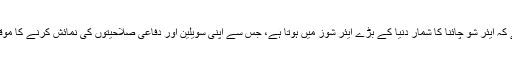
خیال رہے کہ ایئر شو چائنا کا شمار دنیا کے بڑے ایئر شوز میں ہوتا ہے، جس سے اپنی سویلین اور دفاعی صلاحیتوں کی نمائش کرنے کا موقع ملتا ہے۔